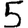
Digit: 5